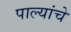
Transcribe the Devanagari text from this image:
पाल्यांचे